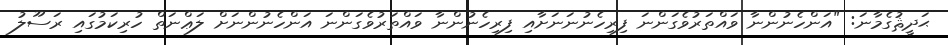
ޙަދީޘުގެމާނަ: "އަންހެނުންނާ ވައްތަރުވެގަންނަ ފިރިހެނުނަނަށާއި ފިރިހެނުންނާ ވައްތަރުވެގަންނަ އަންހެނުންނަށް ލަޢްނަތް ހުރިކަމުގައި ރަސޫލު